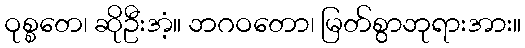
ဝုစ္စတေ၊ ဆိုဦးအံ့။ ဘဂဝတော၊ မြတ်စွာဘုရားအား။